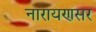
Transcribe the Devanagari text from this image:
नारायणसर